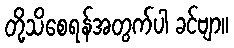
တို့သိစေရန်အတွက်ပါ ခင်ဗျာ။